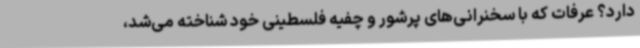
دارد؟ عرفات که با سخنرانی‌های پرشور و چفیه فلسطینی خود شناخته می‌شد،